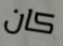
كان